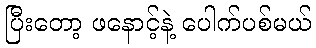
ပြီးတော့ ဖနောင့်နဲ့ ပေါက်ပစ်မယ်